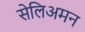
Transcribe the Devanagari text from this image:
सेलिअमन